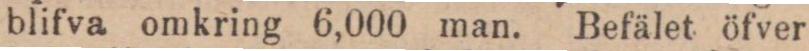
blifva omkring 6,000 man. Befälet öfver